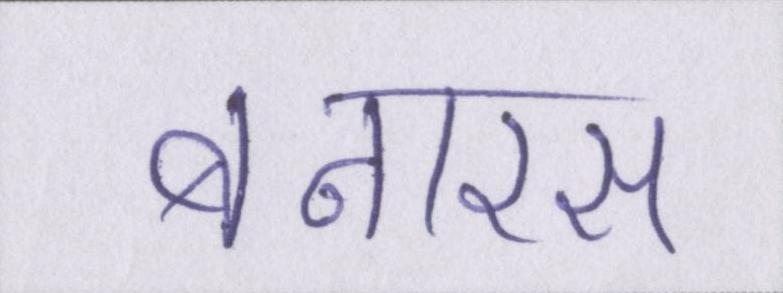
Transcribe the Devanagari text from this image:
बनारस